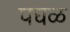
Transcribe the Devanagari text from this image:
पघळ